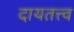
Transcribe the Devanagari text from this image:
दायतत्त्व